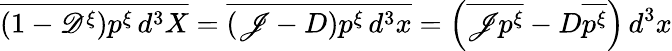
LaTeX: \overline{{(1-\mathscr{D}^{\xi})p^{\xi}\, d^{3}X}}=\overline{{(\mathscr{J}-{D})p^{\xi}\, d^{3}x}}=\left(\overline{{\mathscr{J}p^{\xi}}}-{D}\overline{{p^{\xi}}}\right)\, d^{3}x